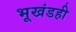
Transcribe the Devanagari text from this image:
भूखंडही